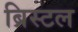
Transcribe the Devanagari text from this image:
ब्रिस्‍टल